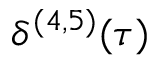
\delta ^ { ( 4 , 5 ) } ( \tau )